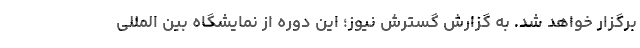
برگزار خواهد شد. به گزارش گسترش نیوز؛ این دوره از نمایشگاه بین المللی